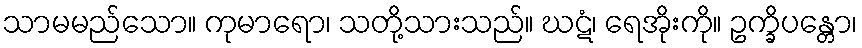
သာမမည်သော။ ကုမာရော၊ သတို့သားသည်။ ဃဋံ၊ ရေအိုးကို။ ဥက္ခိပန္တော၊